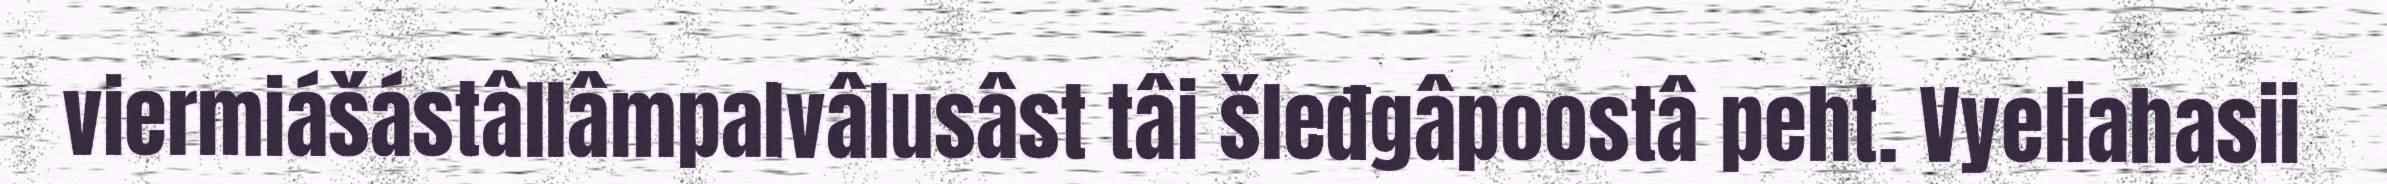
viermiášástâllâmpalvâlusâst tâi šleđgâpoostâ peht. Vyeliahasii